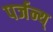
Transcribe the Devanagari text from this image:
पर्जन्य्